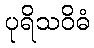
ပုရိသဝိဓံ